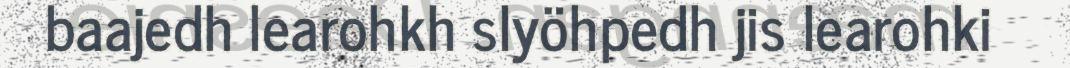
baajedh learohkh slyöhpedh jis learohki